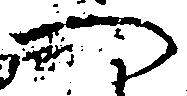
へ